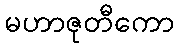
မဟာဇုတီကော